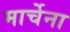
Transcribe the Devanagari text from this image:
मार्चेना